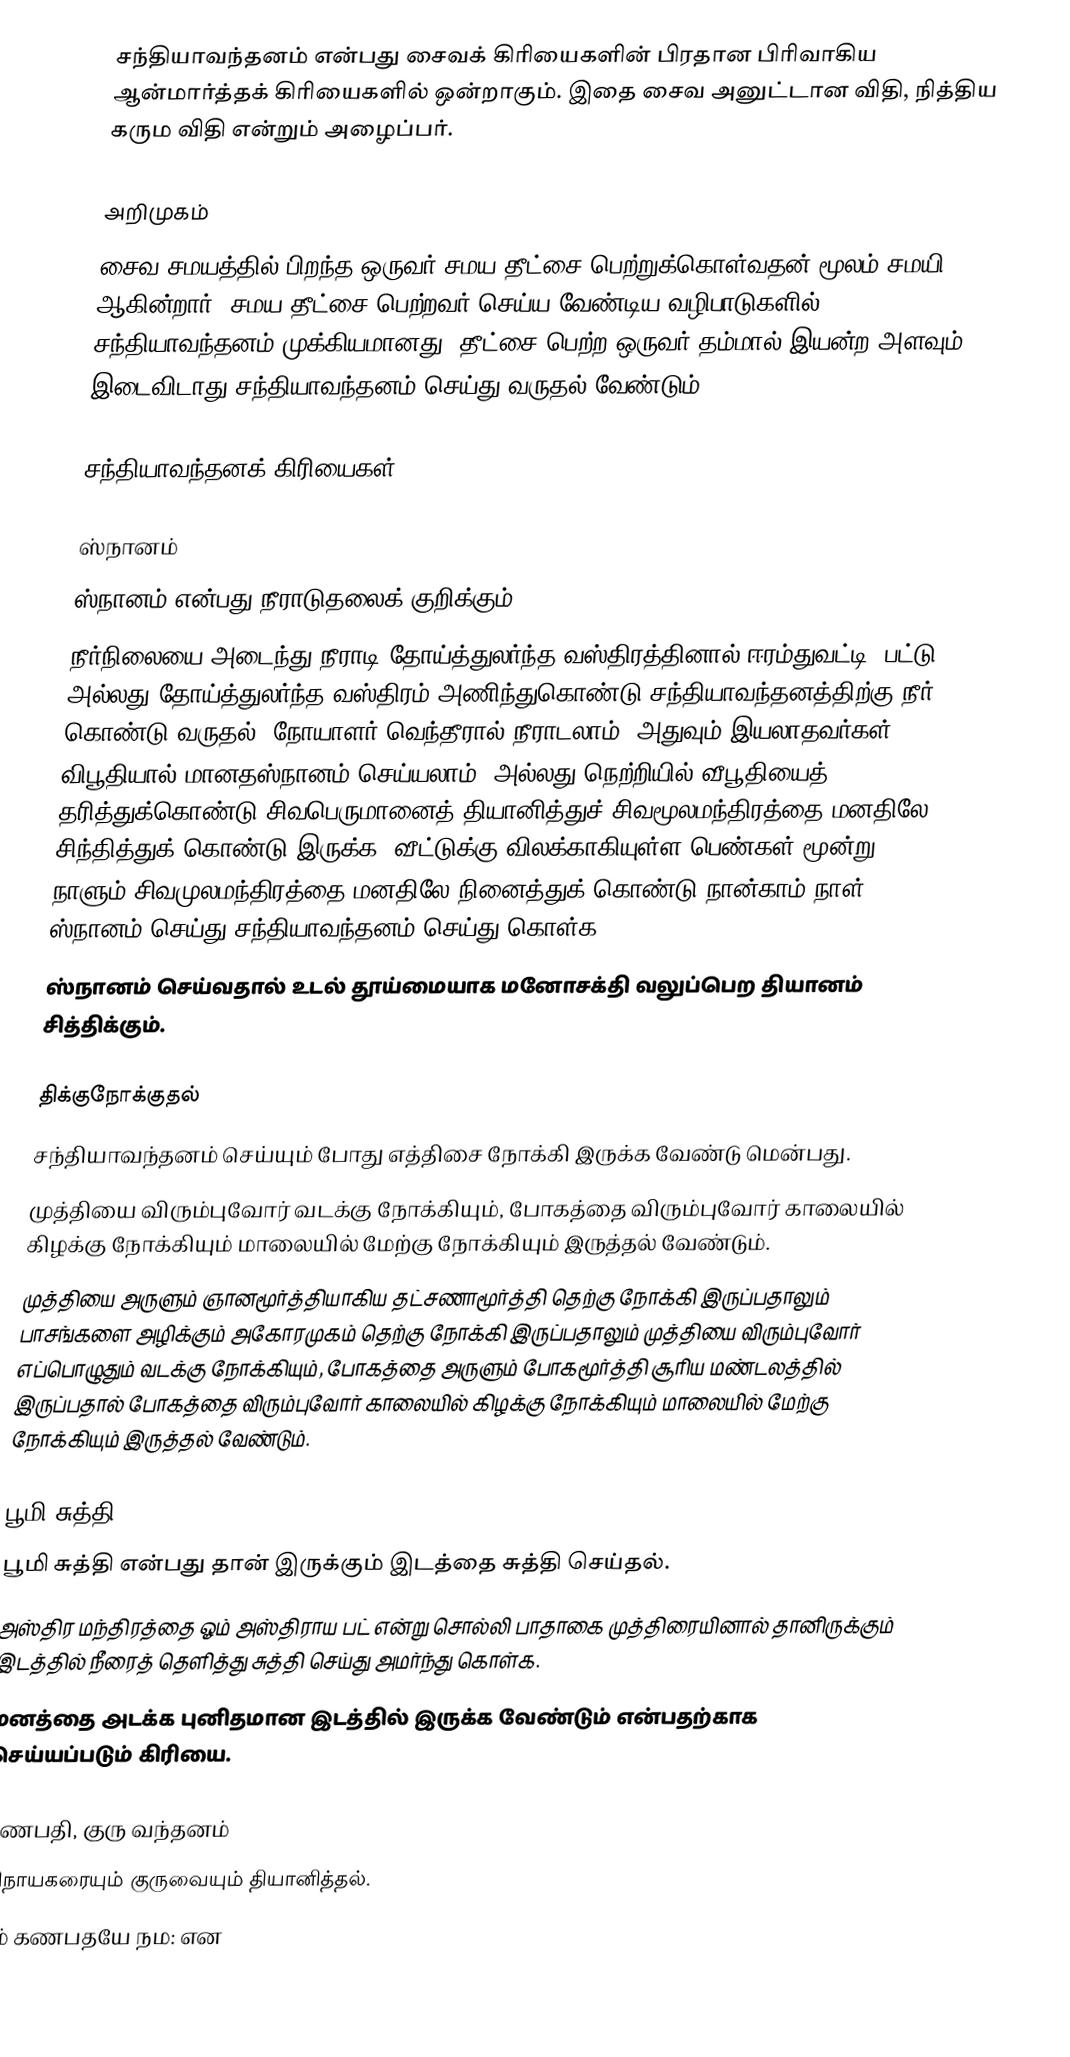
சந்தியாவந்தனம் என்பது சைவக் கிரியைகளின் பிரதான பிரிவாகிய ஆன்மார்த்தக் கிரியைகளில் ஒன்றாகும். இதை சைவ அனுட்டான விதி, நித்திய கரும விதி என்றும் அழைப்பர்.

அறிமுகம்
சைவ சமயத்தில் பிறந்த ஒருவர் சமய தீட்சை பெற்றுக்கொள்வதன் மூலம் சமயி ஆகின்றார். சமய தீட்சை பெற்றவர் செய்ய வேண்டிய வழிபாடுகளில் சந்தியாவந்தனம் முக்கியமானது. தீட்சை பெற்ற ஒருவர் தம்மால் இயன்ற அளவும் இடைவிடாது சந்தியாவந்தனம் செய்து வருதல் வேண்டும்.

சந்தியாவந்தனக் கிரியைகள்

ஸ்நானம்
 ஸ்நானம் என்பது நீராடுதலைக் குறிக்கும்.
 நீர்நிலையை அடைந்து நீராடி தோய்த்துலர்ந்த வஸ்திரத்தினால் ஈரம்துவட்டி, பட்டு அல்லது தோய்த்துலர்ந்த வஸ்திரம் அணிந்துகொண்டு சந்தியாவந்தனத்திற்கு நீர் கொண்டு வருதல். நோயாளர் வெந்தீரால் நீராடலாம். அதுவும் இயலாதவர்கள் விபூதியால் மானதஸ்நானம் செய்யலாம். அல்லது நெற்றியில் வீபூதியைத் தரித்துக்கொண்டு சிவபெருமானைத் தியானித்துச் சிவமூலமந்திரத்தை மனதிலே சிந்தித்துக் கொண்டு இருக்க. வீட்டுக்கு விலக்காகியுள்ள பெண்கள் மூன்று நாளும் சிவமுலமந்திரத்தை மனதிலே நினைத்துக் கொண்டு நான்காம் நாள் ஸ்நானம் செய்து சந்தியாவந்தனம் செய்து கொள்க.
 ஸ்நானம் செய்வதால் உடல் தூய்மையாக மனோசக்தி வலுப்பெற தியானம் சித்திக்கும்.

திக்குநோக்குதல்
 சந்தியாவந்தனம் செய்யும் போது எத்திசை நோக்கி இருக்க வேண்டு மென்பது.
 முத்தியை விரும்புவோர் வடக்கு நோக்கியும், போகத்தை விரும்புவோர் காலையில் கிழக்கு நோக்கியும் மாலையில் மேற்கு நோக்கியும் இருத்தல் வேண்டும்.
 முத்தியை அருளும் ஞானமூர்த்தியாகிய தட்சணாமூர்த்தி தெற்கு நோக்கி இருப்பதாலும் பாசங்களை அழிக்கும் அகோரமுகம் தெற்கு நோக்கி இருப்பதாலும் முத்தியை விரும்புவோர் எப்பொழுதும் வடக்கு நோக்கியும், போகத்தை அருளும் போகமூர்த்தி சூரிய மண்டலத்தில் இருப்பதால் போகத்தை விரும்புவோர் காலையில் கிழக்கு நோக்கியும் மாலையில் மேற்கு நோக்கியும் இருத்தல் வேண்டும்.

பூமி சுத்தி
 பூமி சுத்தி என்பது தான் இருக்கும் இடத்தை சுத்தி செய்தல்.
 அஸ்திர மந்திரத்தை ஓம் அஸ்திராய பட் என்று சொல்லி பாதாகை முத்திரையினால் தானிருக்கும் இடத்தில் நீரைத் தெளித்து சுத்தி செய்து அமர்ந்து கொள்க.
 மனத்தை அடக்க புனிதமான இடத்தில் இருக்க வேண்டும் என்பதற்காக செய்யப்படும் கிரியை.

கணபதி, குரு வந்தனம்
 விநாயகரையும் குருவையும் தியானித்தல்.
 ஓம் கணபதயே நம: என